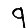
Digit: 9